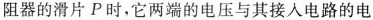
阻器的滑片P时，它两端的电压与其接入电路的电